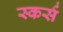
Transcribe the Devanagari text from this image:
स्कर्स